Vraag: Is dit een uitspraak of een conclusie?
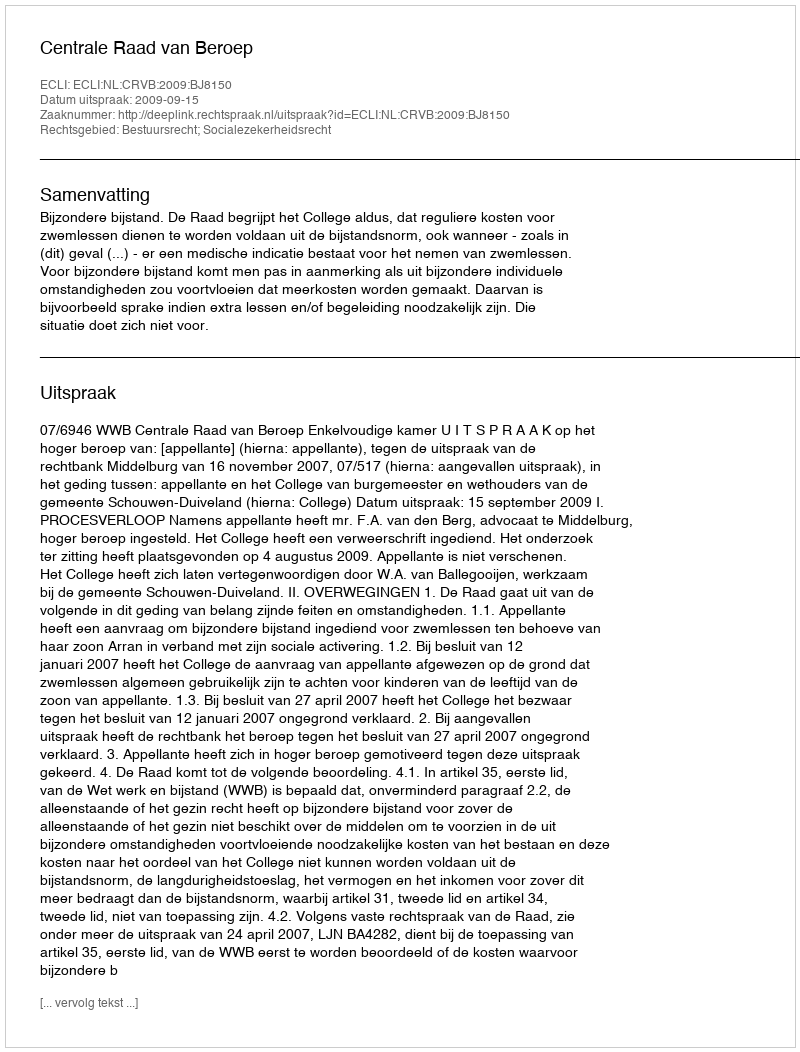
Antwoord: Uitspraak